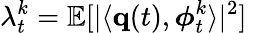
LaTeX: \lambda_{t}^{k}=\mathbb{E}[|\langle{\mathbf q}(t),\boldsymbol{\phi}_{t}^{k}\rangle|^{2}]\mathrm{~}